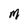
Character: M